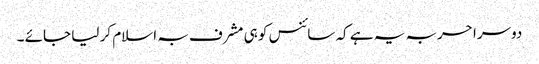
دوسرا حربہ یہ ہے کہ سائنس کو ہی مشرف بہ اسلام کر لیا جائے ۔